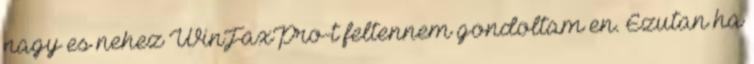
nagy es nehez WinFaxPro-t feltennem gondoltam en. Ezutan ha